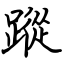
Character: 蹤